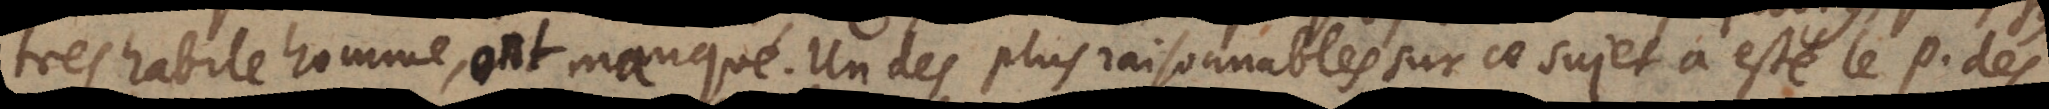
tres habile homme,ont manqué. Un des plus raisonnables sur ce sujet a esté le P. des